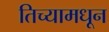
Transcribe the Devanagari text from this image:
तिच्यामधून